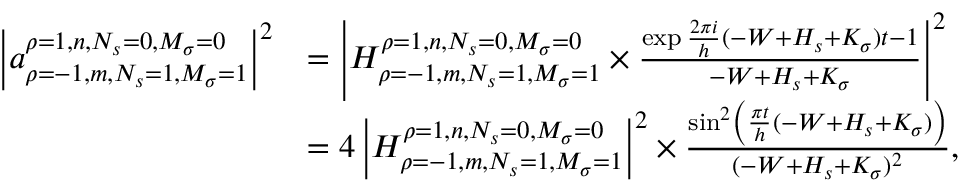
{ \begin{array} { r l } { \left| a _ { \rho = - 1 , m , N _ { s } = 1 , M _ { \sigma } = 1 } ^ { \rho = 1 , n , N _ { s } = 0 , M _ { \sigma } = 0 } \right| ^ { 2 } } & { = \left| H _ { \rho = - 1 , m , N _ { s } = 1 , M _ { \sigma } = 1 } ^ { \rho = 1 , n , N _ { s } = 0 , M _ { \sigma } = 0 } \times { \frac { \exp { { \frac { 2 \pi i } { h } } ( - W + H _ { s } + K _ { \sigma } ) t } - 1 } { - W + H _ { s } + K _ { \sigma } } } \right| ^ { 2 } } \\ & { = 4 \left| H _ { \rho = - 1 , m , N _ { s } = 1 , M _ { \sigma } = 1 } ^ { \rho = 1 , n , N _ { s } = 0 , M _ { \sigma } = 0 } \right| ^ { 2 } \times { \frac { \sin ^ { 2 } \left( { \frac { \pi t } { h } } ( - W + H _ { s } + K _ { \sigma } ) \right) } { ( - W + H _ { s } + K _ { \sigma } ) ^ { 2 } } } , } \end{array} }